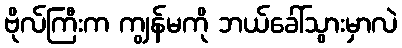
ဗိုလ်ကြီးက ကျွန်မကို ဘယ်ခေါ်သွားမှာလဲ